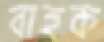
বাহুক